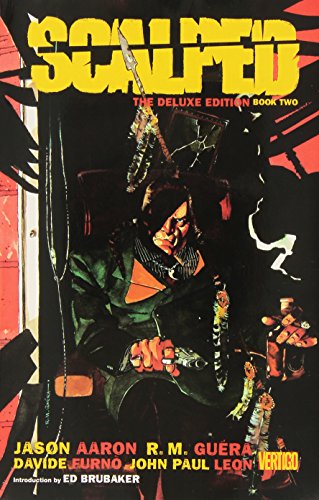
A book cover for Scalped Deluxe Edition Book Two; Jason Aaron; Comics & Graphic Novels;